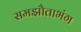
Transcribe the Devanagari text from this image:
समझौताभंग